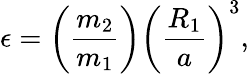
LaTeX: \epsilon=\left(\frac{m_{2}}{m_{1}}\right)\left(\frac{R_{1}}{a}\right)^{3},